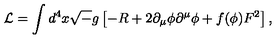
{ \cal L } = \int d ^ { 4 } x { \sqrt - g } \left[ - R + 2 \partial _ { \mu } \phi \partial ^ { \mu } \phi + f ( \phi ) F ^ { 2 } \right] ,